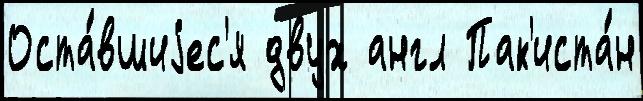
Оста́вшиjес'я двух англ Пак'иста́н